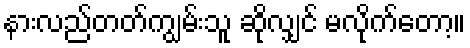
နားလည်တတ်ကျွမ်းသူ ဆိုလျှင် မလိုက်တော့။